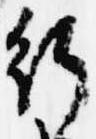
行